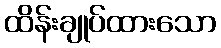
ထိန်းချုပ်ထားသော